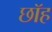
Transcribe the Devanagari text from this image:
छॉह